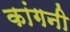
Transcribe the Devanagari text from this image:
कांगनी